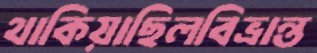
থাকিয়াছিলবিভ্রান্ত